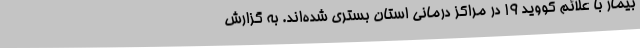
بیمار با علائم کووید 19 در مراکز درمانی استان بستری شده‌اند. به گزارش